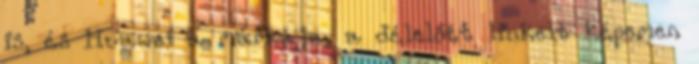
is, és Huawei a márkája, a délelőtt linkelt képemen